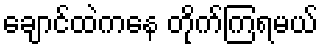
ချောင်ထဲကနေ တိုက်ကြရမယ်